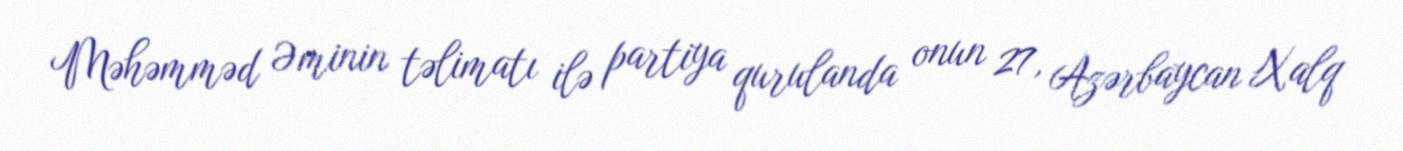
Məhəmməd Əminin təlimatı ilə partiya qurulanda onun 27, Azərbaycan Xalq